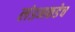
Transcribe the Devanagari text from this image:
लंडनकडेच